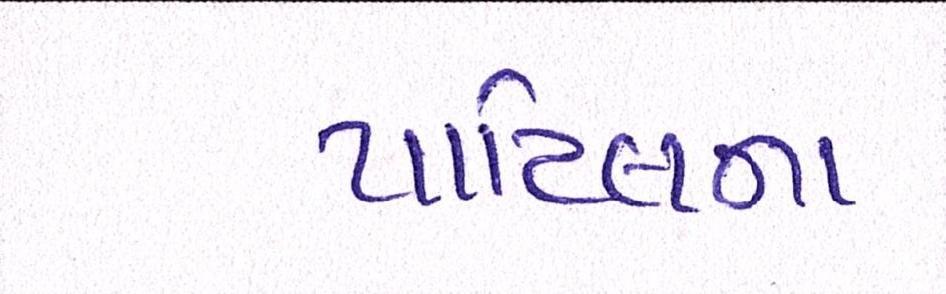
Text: પાટિલના